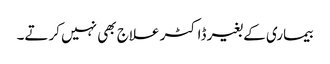
بیماری کے بغیر ڈاکٹر علاج بھی نہیں کرتے۔